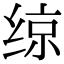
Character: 𫟅